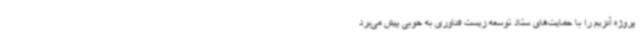
پروژه آنزیم را با حمایت‌های ستاد توسعه زیست فناوری به خوبی پیش می‌برد